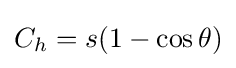
C_{h}=s(1-\cos \theta )